Problem: 4 × 10 = ?
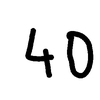
Handwritten answer: 40